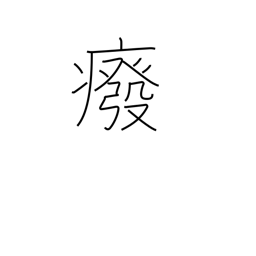
Meaning: getting crippled